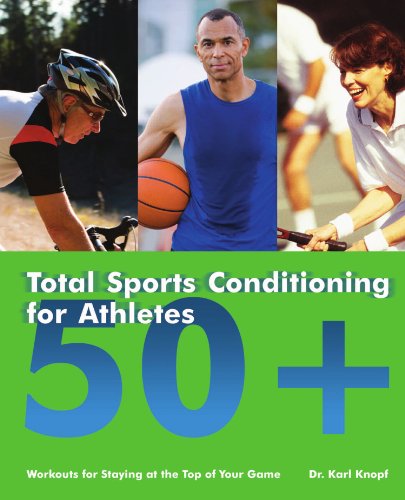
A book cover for Total Sports Conditioning for Athletes 50+: Workouts for Staying at the Top of Your Game; Karl Knopf; Health, Fitness & Dieting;